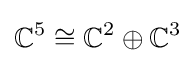
\mathbb {C} ^{5}\cong \mathbb {C} ^{2}\oplus \mathbb {C} ^{3}